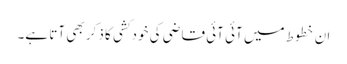
ان خطوط میں آئی آئی قاضی کی خودکشی کا ذکر بھی آتا ہے۔